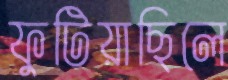
ফুটিয়াছিলে